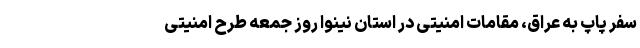
سفر پاپ به عراق، مقامات امنیتی در استان نینوا روز جمعه طرح امنیتی